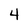
Character: 4